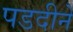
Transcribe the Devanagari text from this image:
पडदीने